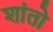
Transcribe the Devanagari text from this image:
शांतो